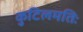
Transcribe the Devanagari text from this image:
कुटिलमतिः